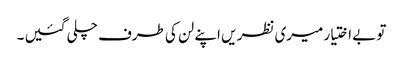
تو بے اختیار میری نظر یں اپنے لن کی طرف چلی گئیں ۔